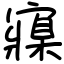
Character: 寱